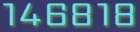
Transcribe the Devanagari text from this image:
१४६८१८